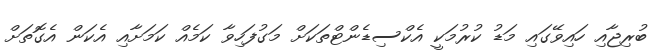
ބުރިޖާއި ހައިވޭގައި މަޑު ކުރުމަކީ އެކްސިޑެންޓްތަކަށް މަގުފަހިވާ ކަމެއް ކަމަށާއި އެކަން އެގޮތަށް